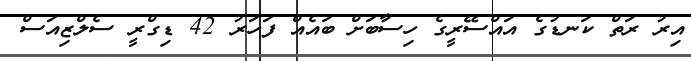
އިރު ރަތް ކަނޑުގެ އައްސޭރީގެ ހިސާބަށް ބައެއް ފަހަރު 42 ޑިގްރީ ސެލްޒިއަސް